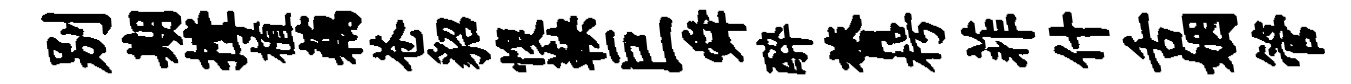
别期撑植藕苍貂愎鞅巨舜醉膂枵菲什舌姻管